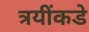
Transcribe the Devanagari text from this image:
त्रयींकडे